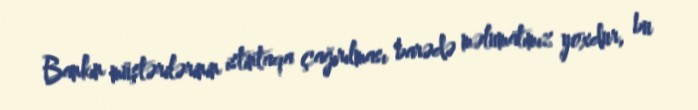
Bankın müştərilərinin istintaqa çağırılması barədə məlumatımız yoxdur, bu